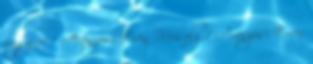
vagy ör 1 Aranyosi Ervin Mosoly 1 Aranyosi Ervin